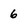
Character: 6